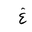
Letter: _gayn